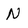
Character: N